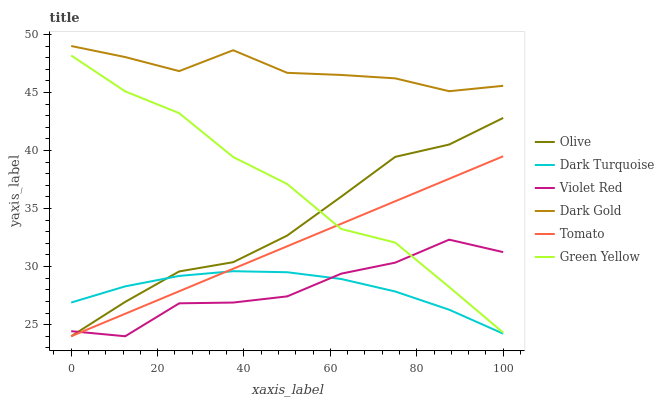
| xaxis_label | Olive | Dark Turquoise | Violet Red | Dark Gold | Tomato | Green Yellow |
 | --- | --- | --- | --- | --- | --- | --- |
 | 0 | 24 | 26.9 | 24.4 | 49 | 24 | 48.2 |
 | 12.5 | 27 | 28.3 | 24 | 48 | 25.9 | 45.1 |
 | 25 | 29.6 | 29.2 | 26.8 | 46.8 | 27.9 | 43.2 |
 | 37.5 | 30.4 | 29.6 | 26.9 | 48.6 | 29.8 | 39.4 |
 | 50 | 32.7 | 29.5 | 27.4 | 46.7 | 31.8 | 37.1 |
 | 62.5 | 36 | 28.9 | 29.4 | 46.5 | 33.7 | 33.2 |
 | 75 | 39.5 | 27.9 | 30.3 | 46.2 | 35.6 | 32.1 |
 | 87.5 | 40.5 | 26.3 | 32.3 | 45.1 | 37.6 | 28.2 |
 | 100 | 42.8 | 24.2 | 31.2 | 45.6 | 39.5 | 24.3 |